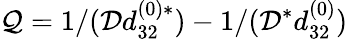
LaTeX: \mathcal{Q}={1}/({\mathcal{D}d_{32}^{(0)\ast}})-{1}/({\mathcal{D}^{\ast}d_{32}^{(0)}})